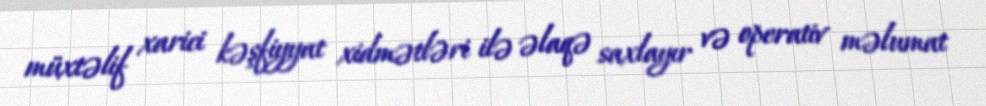
müxtəlif xarici kəşfiyyat xidmətləri ilə əlaqə saxlayır və operativ məlumat